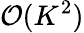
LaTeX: \mathcal{O}(K^{2})